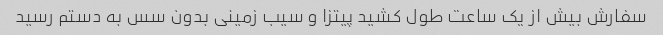
سفارش بیش از یک ساعت طول کشید پیتزا و سیب زمینی بدون سس به دستم رسید